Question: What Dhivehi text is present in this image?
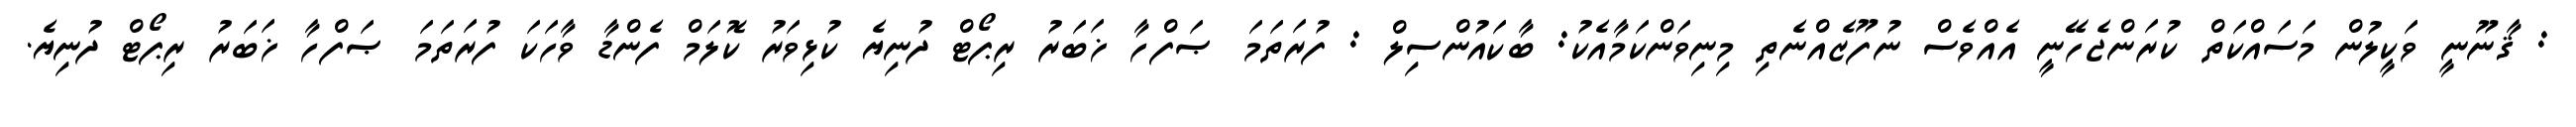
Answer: : ޤާނޫނީ ވަކީލުން މަސައްކަތް ކުރަންޖެހޭނީ އެއްވެސް ނުފޫޒެއްނެތި މިނިވަންކަމާއެކު: ބާކައުންސިލް : ފުރަތަމަ ޞަފްހާ ޚަބަރު ރިޕޯޓް ދުނިޔެ ކުޅިވަރު ކޮލަމް ފެންޑާ ވާހަކަ ފުރަތަމަ ޞަފްހާ ޚަބަރު ރިޕޯޓް ދުނިޔެ.